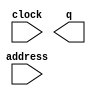
module CHARMAP (
	address,
	clock,
	q);

	input	[8:0]  address;
	input	  clock;
	output	[17:0]  q;
`ifndef ALTERA_RESERVED_QIS
// synopsys translate_off
`endif
	tri1	  clock;
`ifndef ALTERA_RESERVED_QIS
// synopsys translate_on
`endif

endmodule